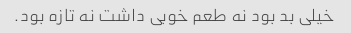
خیلی بد بود نه طعم خوبی داشت نه تازه بود.